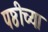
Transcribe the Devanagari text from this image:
पष्ठीच्या